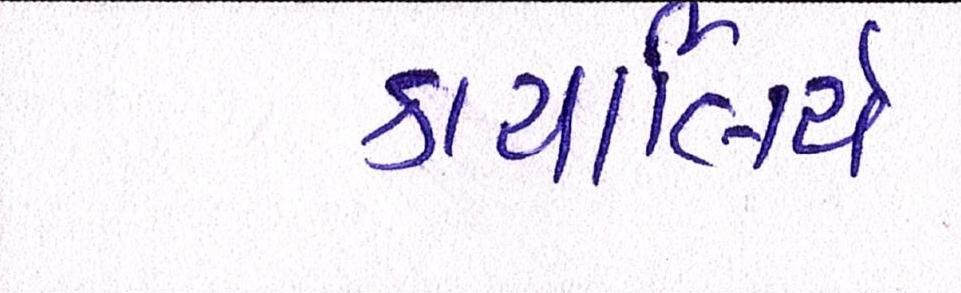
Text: કાયર્લિયે